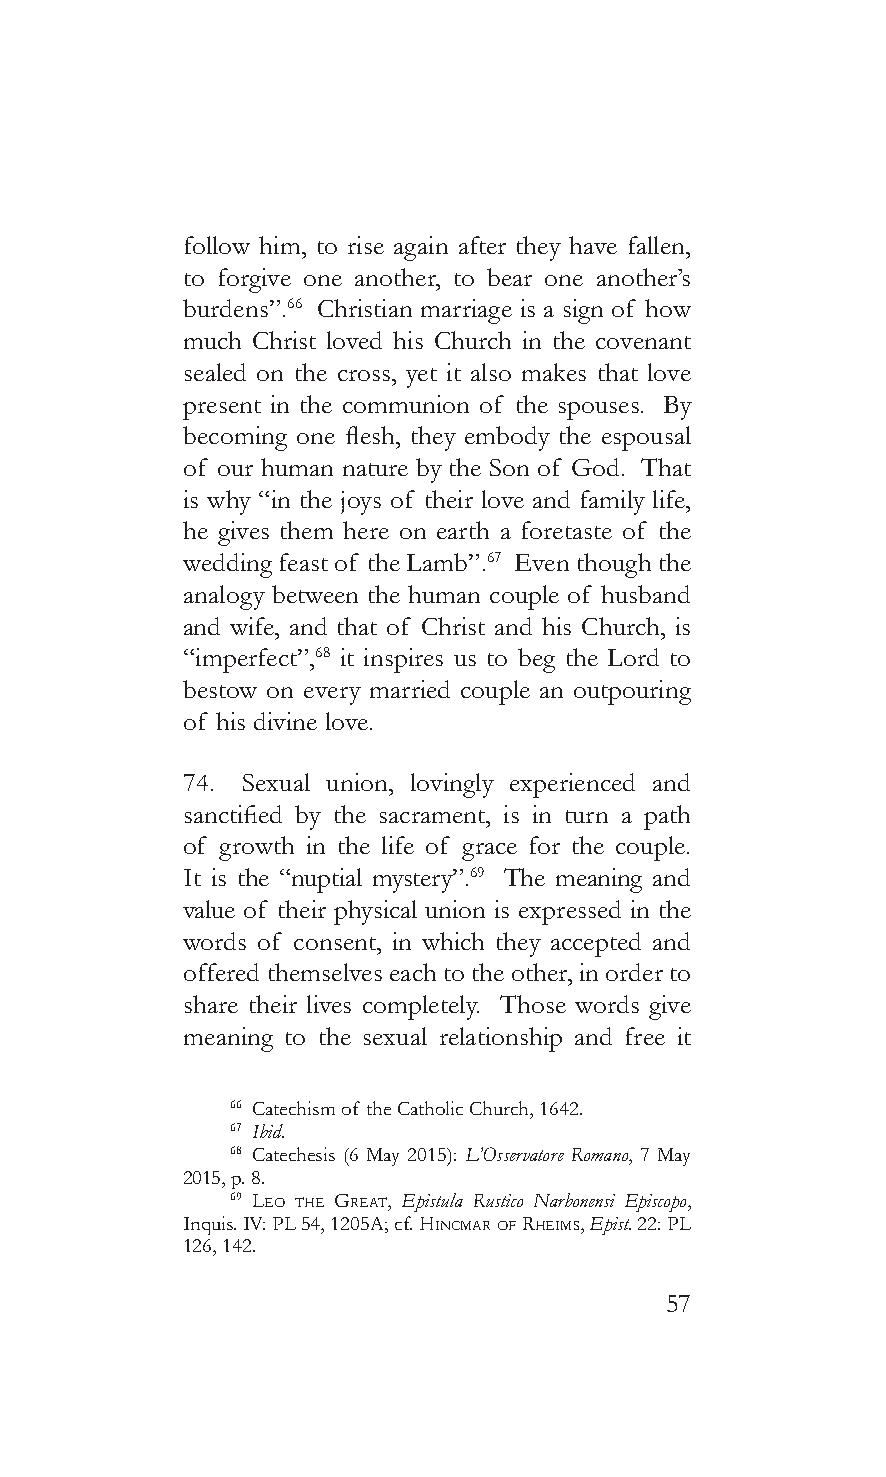
follow him, to rise again after they have fallen,
 to forgive one another, to bear one another’s
 burdens”.66 Christian marriage is a sign of how
 much Christ loved his Church in the covenant
 sealed on the cross, yet it also makes that love
 present in the communion of the spouses. By
 becoming one flesh, they embody the espousal
 of our human nature by the Son of God. That
 is why “in the joys of their love and family life,
 he gives them here on earth a foretaste of the
 wedding feast of the Lamb”.67 Even though the
 analogy between the human couple of husband
 and wife, and that of Christ and his Church, is
 “imperfect”,68 it inspires us to beg the Lord to
 bestow on every married couple an outpouring
 of his divine love.
 74. Sexual union, lovingly experienced and
 sanctified by the sacrament, is in turn a path
 of growth in the life of grace for the couple.
 It is the “nuptial mystery”.69 The meaning and
 value of their physical union is expressed in the
 words of consent, in which they accepted and
 offered themselves each to the other, in order to
 share their lives completely. Those words give
 meaning to the sexual relationship and free it
 66 Catechism of the Catholic Church, 1642.
 67 Ibid.
 68 Catechesis (6 May 2015): L’Osservatore Romano, 7 May
 2015, p. 8.
 69 Leo The GreaT, Epistula Rustico Narbonensi Episcopo,
 Inquis. IV: PL 54, 1205A; cf. hincmar of rheims, Epist. 22: PL
 126, 142.
 57